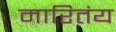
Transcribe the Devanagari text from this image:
मारितंय